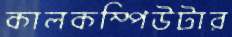
কালকম্পিউটার